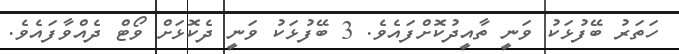
ހަތަރު ބޭފުޅަކު ވަނީ ތާއީދުކޮށްފައެވެ. 3 ބޭފުޅަކު ވަނީ ދެކޮޅަށް ވޯޓް ދެއްވާފައެވެ.